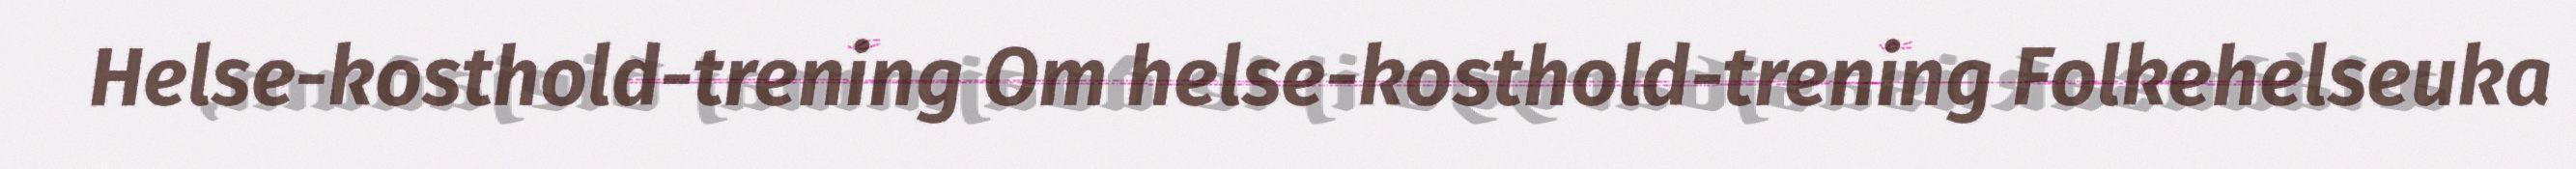
Helse-kosthold-trening Om helse-kosthold-trening Folkehelseuka